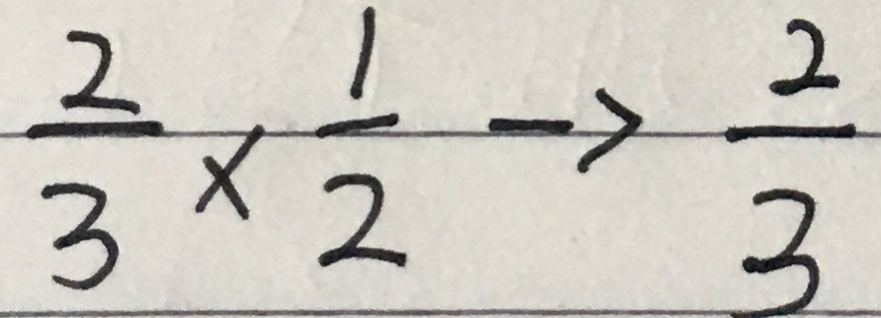
\frac { 2 } { 3 } \times \frac { 1 } { 2 } \rightarrow \frac { 2 } { 3 }